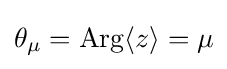
\theta _{\mu }=\mathrm {Arg} \langle z\rangle =\mu